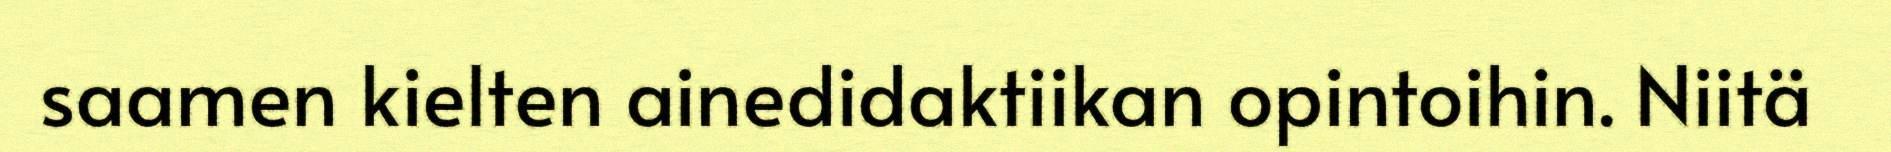
saamen kielten ainedidaktiikan opintoihin. Niitä